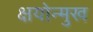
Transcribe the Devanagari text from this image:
क्षयोन्मुख